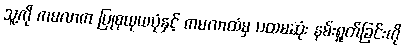
သူ့ကို ကမလာက ပြုစုယုယပုံနှင့် ကမလာထံမှ ပထမဆုံး နမ်းရှုတ်ခြင်းကို